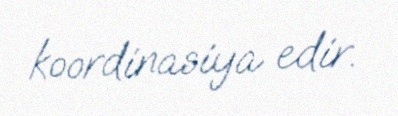
koordinasiya edir.